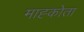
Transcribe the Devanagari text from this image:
माह्कोता